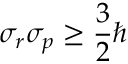
\sigma _ { r } \sigma _ { p } \geq { \frac { 3 } { 2 } } \hbar